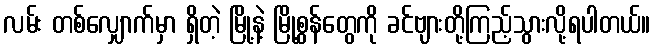
လမ်း တစ်လျှောက်မှာ ရှိတဲ့ မြို့နဲ့ မြို့စွန်တွေကို ခင်ဗျားတို့ကြည့်သွားလို့ရပါတယ်။